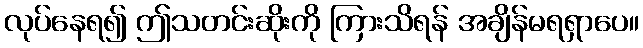
လုပ်နေရ၍ ဤသတင်းဆိုးကို ကြားသိရန် အချိန်မရရှာပေ။